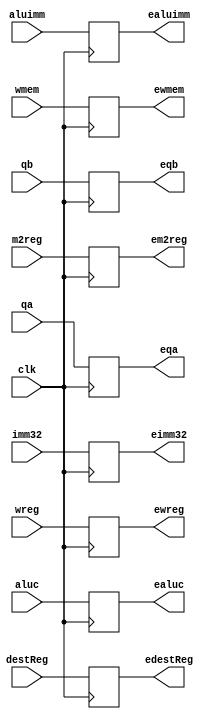
`timescale 1ns / 1ps
module IDEXE(
    input wreg,
    input m2reg,
    input wmem,
    input [3:0] aluc,
    input aluimm,
    input [4:0] destReg,
    input [31:0]qa,
    input [31:0]qb,
    input [31:0] imm32,
    input clk,
    output reg ewreg,
    output reg em2reg,
    output reg ewmem,
    output reg [3:0] ealuc,
    output reg ealuimm,
    output reg [4:0] edestReg,
    output reg [31:0] eqa,
    output reg [31:0] eqb,
    output reg [31:0] eimm32);
    always @(posedge clk) begin
        ewreg = wreg;
        em2reg = m2reg;
        ewmem = wmem;
        ealuc = aluc;
        ealuimm = aluimm;
        edestReg = destReg;
        eqa = qa;
        eqb = qb;
        eimm32 = imm32;
    end
endmodule